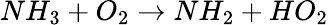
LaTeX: NH_{3}+O_{2}\rightarrow NH_{2}+HO_{2}